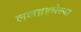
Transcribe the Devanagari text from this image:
ललद्रहलेल्या